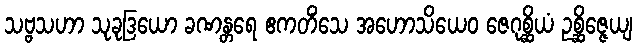
သဗ္ဗသဟာ သုခုဒြယော ခဏန္တရေ ဧကတိံသေ အဟောသိယေဝ ဇေဂုစ္ဆိယံ ဥစ္ဆိဇ္ဇေယျ